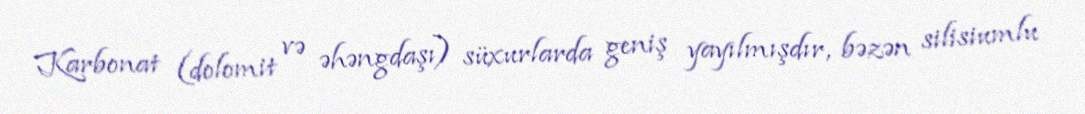
Karbonat (dolomit və əhəngdaşı) süxurlarda geniş yayılmışdır, bəzən silisiumlu